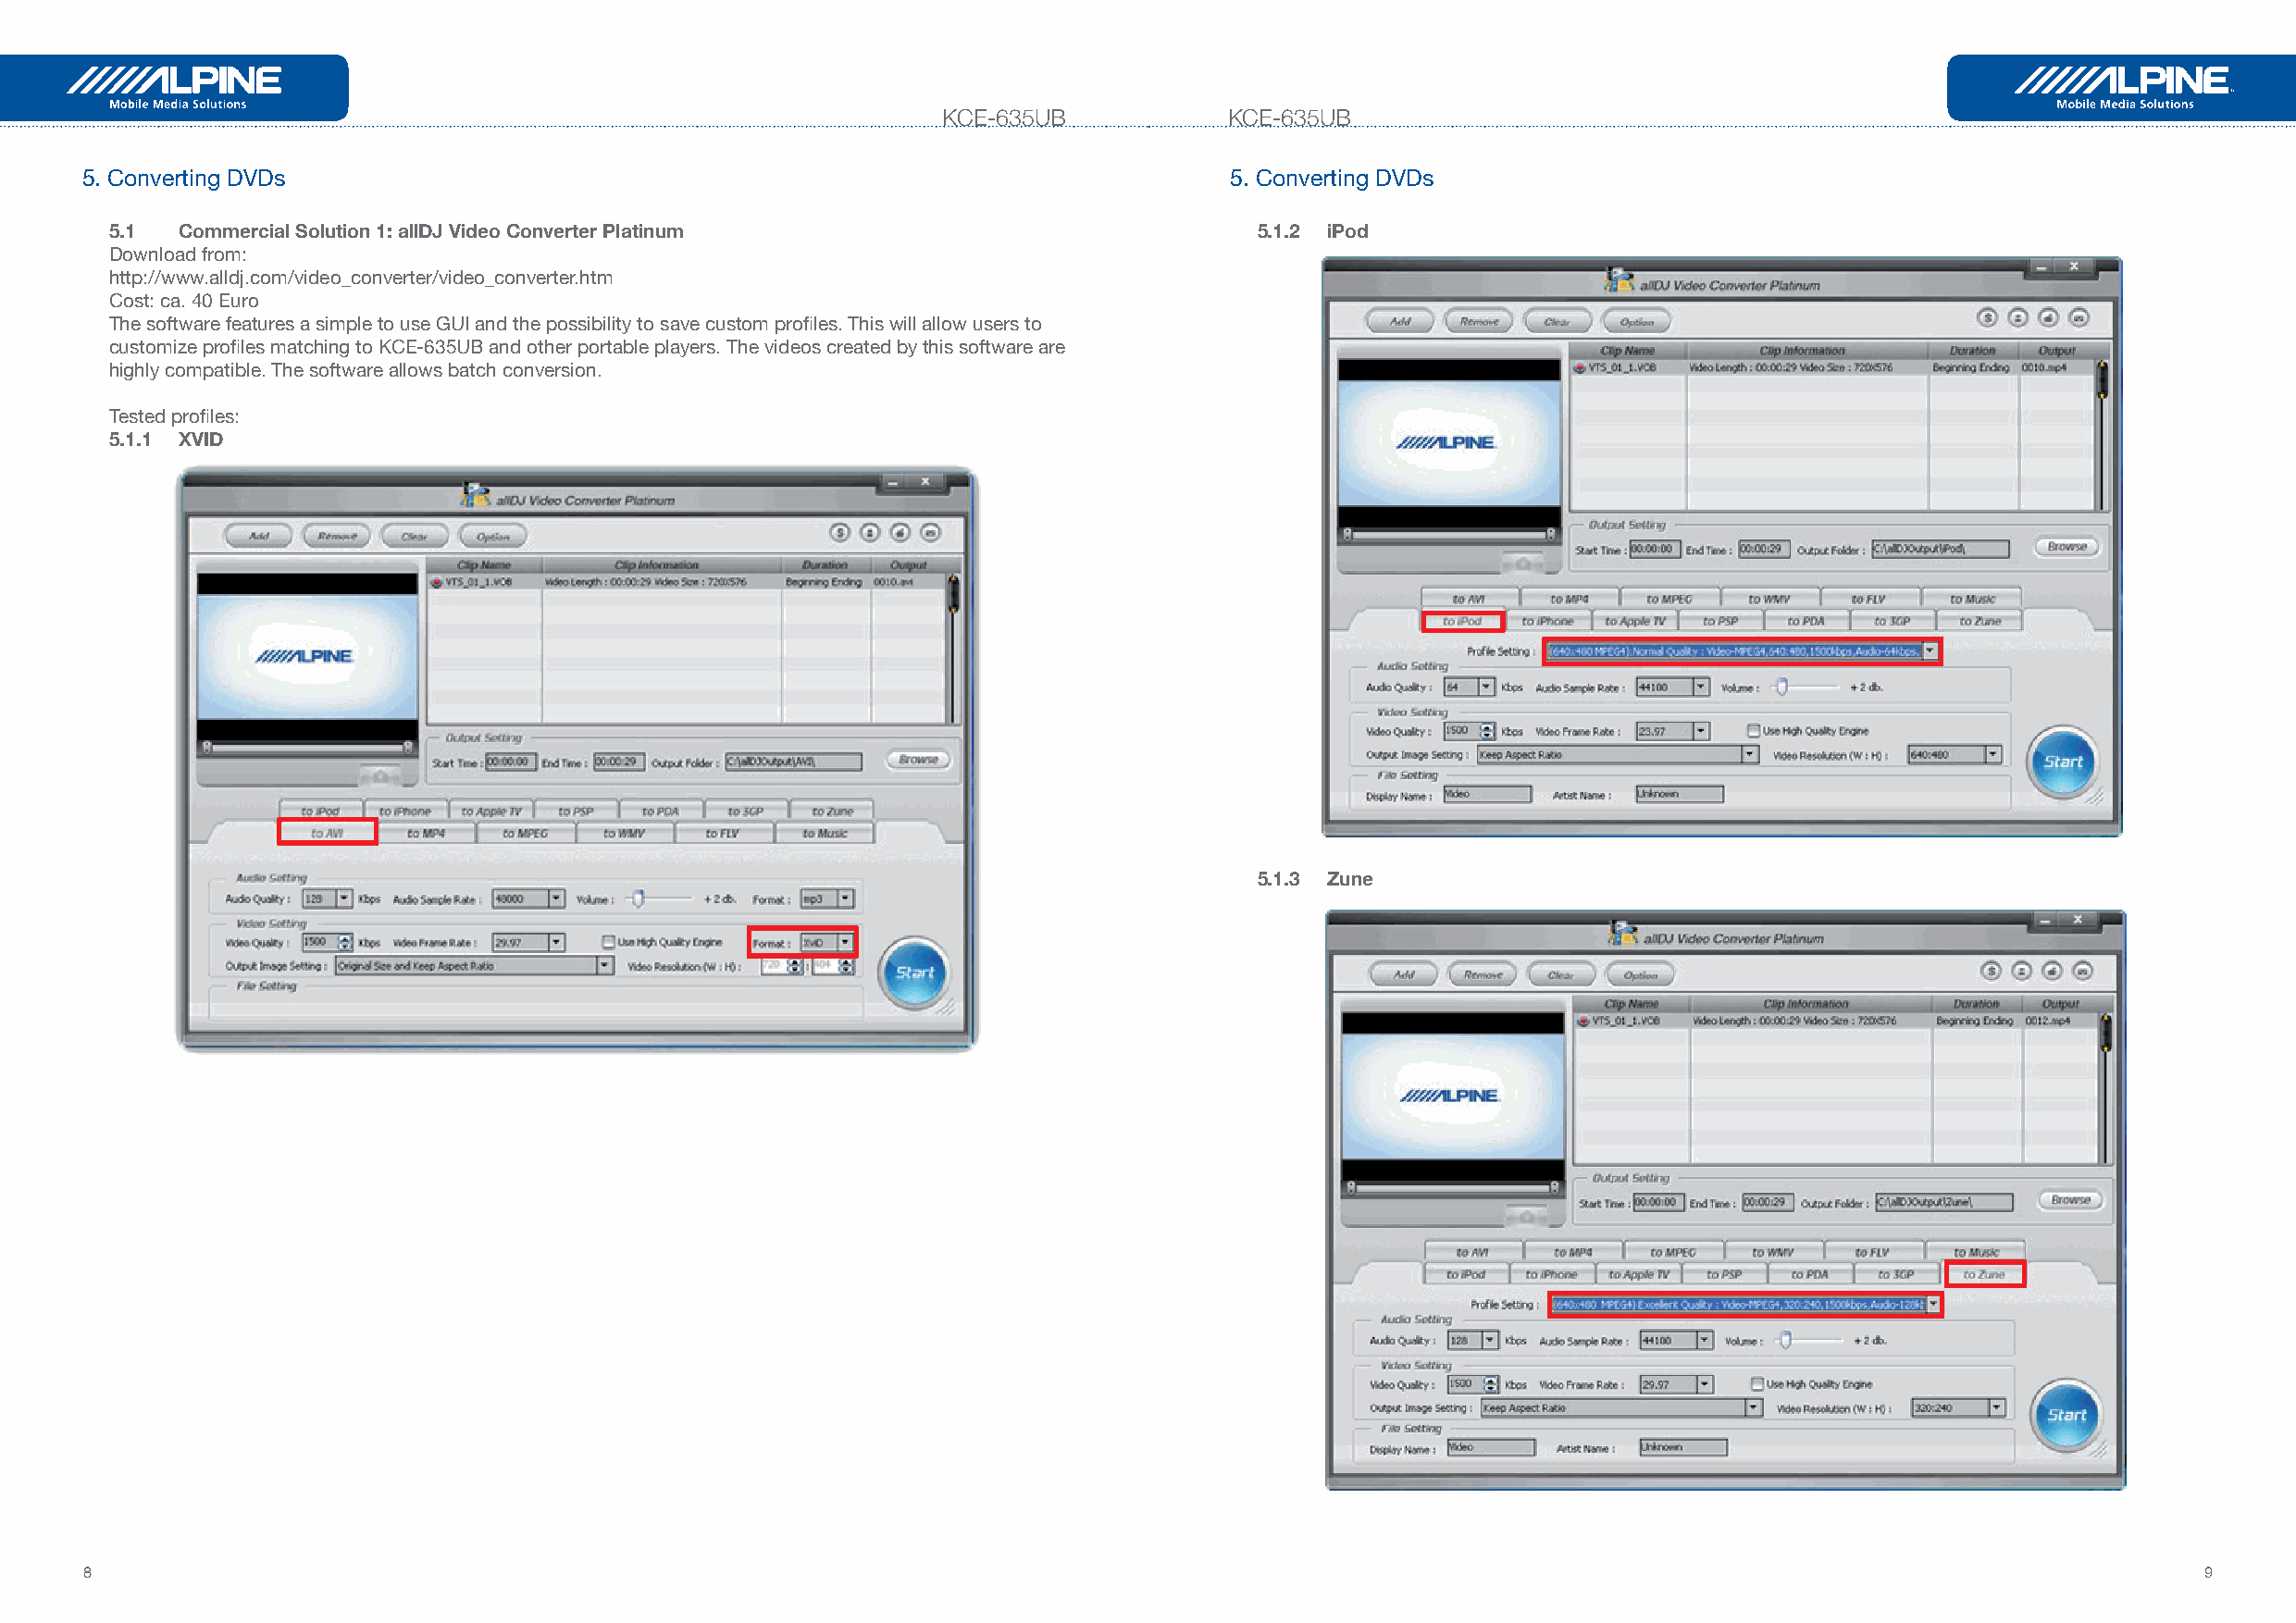
KCE-635UB            KCE-635UB
 5. Converting DVDs                                                                5. Converting DVDs
 5.1  Commercial Solution 1: allDJ Video Converter Platinum                        5.1.2 iPod
 Download from:
 http://www.alldj.com/video_converter/video_converter.htm
 Cost: ca. 40 Euro
 The software features a simple to use GUI and the possibility to save custom profiles. This will allow users to
 customize profiles matching to KCE-635UB and other portable players. The videos created by this software are
 highly compatible. The software allows batch conversion.
 Tested profiles:
 5.1.1 XVID
 5.1.3 Zune
 8                                                                                                                                                       9